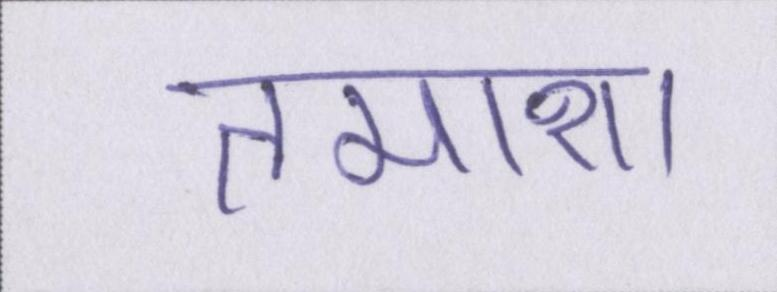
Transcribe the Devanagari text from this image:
तमाशा